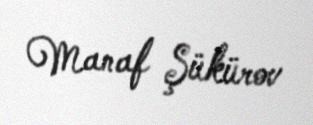
Manaf Şükürov